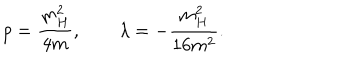
p = \frac { m _ { H } ^ { 2 } } { 4 m } , \quad \quad \lambda = - \frac { m _ { H } ^ { 2 } } { 1 6 m ^ { 2 } } .